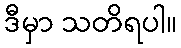
ဒီမှာ သတိရပါ။